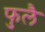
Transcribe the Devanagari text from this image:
फुलै